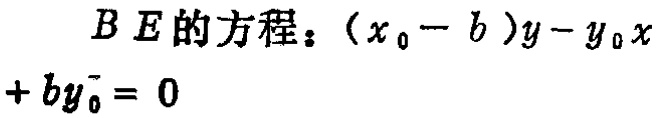
\(BE的方程：(x_0 - b)y - y_0x + by_0 = 0\)